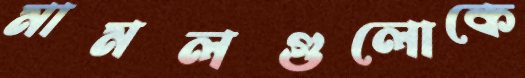
মামলগুলোকে